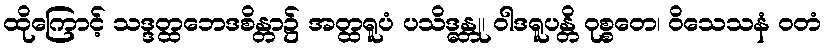
ထိုကြောင့် သဒ္ဒတ္ထဘေဒစိန္တာ၌ အတ္ထရူပံ ပသိဒ္ဓန္တု၊ ဝါဒရူပန္တိ ဝုစ္စတေ၊ ဝိသေသနံ ဝတံ